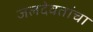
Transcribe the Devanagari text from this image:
जलदेवतांचा